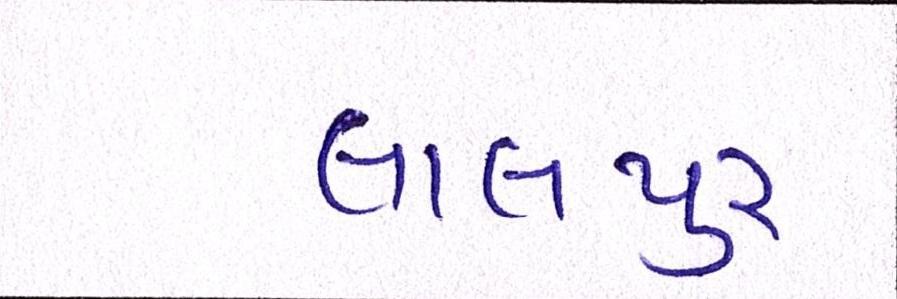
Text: લાલપુર